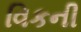
વિકની